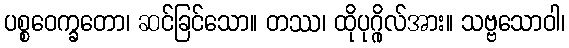
ပစ္စဝေက္ခတော၊ ဆင်ခြင်သော။ တဿ၊ ထိုပုဂ္ဂိုလ်အား။ သဗ္ဗသောဝါ၊